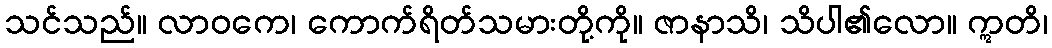
သင်သည်။ လာဝကေ၊ ကောက်ရိတ်သမားတို့ကို။ ဇာနာသိ၊ သိပါ၏လော။ ဣတိ၊